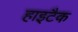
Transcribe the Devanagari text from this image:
हाइटैक